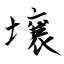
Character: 壌